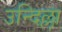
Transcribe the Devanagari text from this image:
उन्दिल्ला